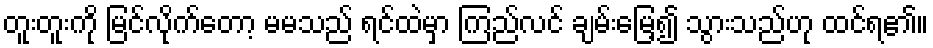
တူးတူးကို မြင်လိုက်တော့ မမသည် ရင်ထဲမှာ ကြည်လင် ချမ်းမြေ့၍ သွားသည်ဟု ထင်ရ၏။